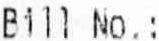
BILL NO. :